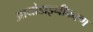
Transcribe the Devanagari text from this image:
आयोडाइनीकरण